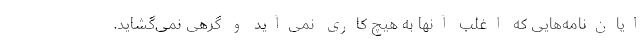
ایان‌نامه‌هایی که اغلب آنها به هیچ کاری نمی‌آید و گرهی نمی‌گشاید.